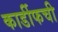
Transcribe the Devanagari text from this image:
कार्डीफची